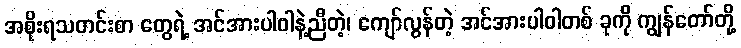
အစိုးရသတင်းစာ တွေရဲ့ အင်အားပါဝါနဲ့ညီတဲ့၊ ကျော်လွန်တဲ့ အင်အားပါဝါတစ် ခုကို ကျွန်တော်တို့